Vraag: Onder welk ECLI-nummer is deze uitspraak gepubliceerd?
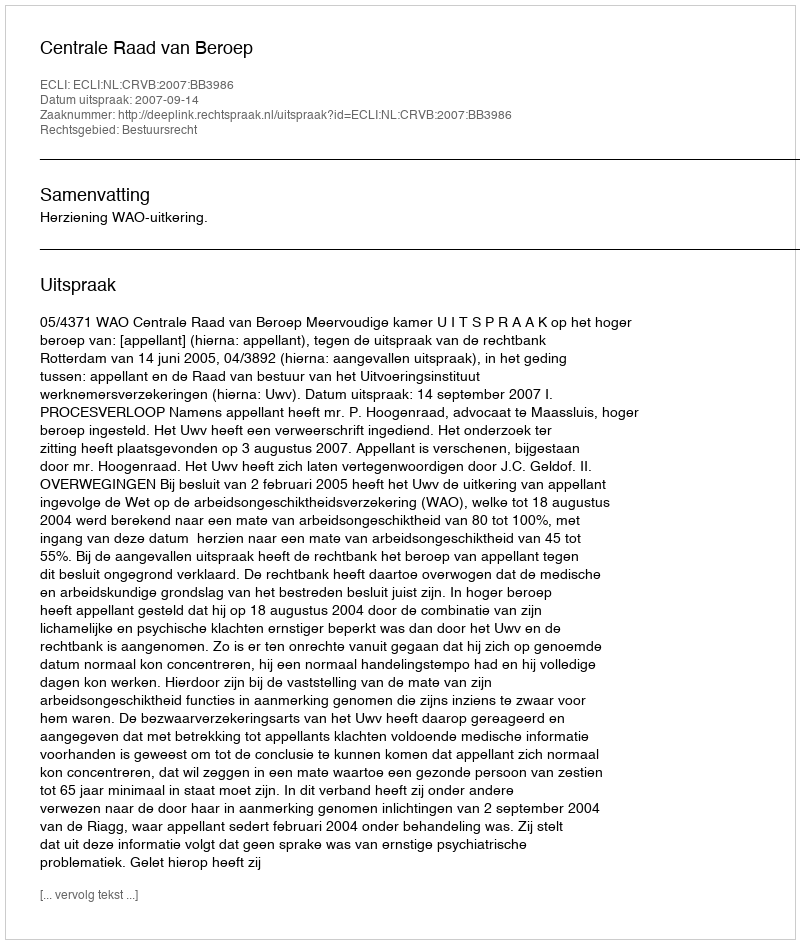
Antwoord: ECLI:NL:CRVB:2007:BB3986